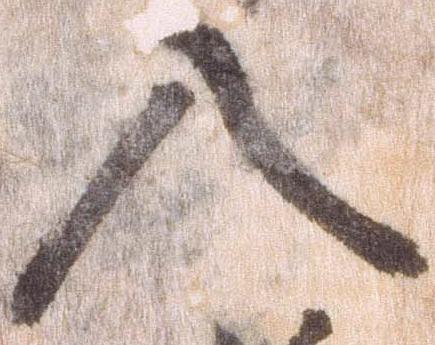
入